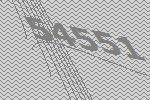
54551